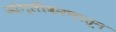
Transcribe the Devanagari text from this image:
आंग्लीकरणातून